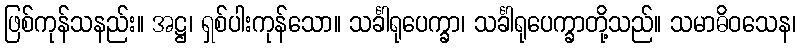
ဖြစ်ကုန်သနည်း။ အဋ္ဌ၊ ရှစ်ပါးကုန်သော။ သင်္ခါရုပေက္ခာ၊ သင်္ခါရုပေက္ခာတို့သည်။ သမာဓိဝသေန၊